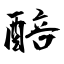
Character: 醅